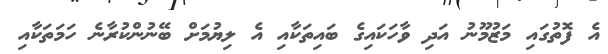
އެ ފޮތުގައި މަޒުމޫނު އަދި ވާހަކައިގެ ބައިތަކާއި އެ ލިޔުމަށް ބޭނުންކުރާނެ ހަމަތަކާއި